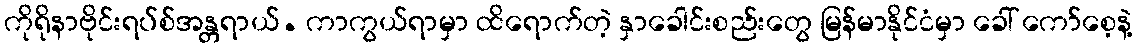
ကိုရိုနာဗိုင်းရပ်စ်အန္တရာယ်. ကာကွယ်ရာမှာ ထိရောက်တဲ့ နှာခေါင်းစည်းတွေ မြန်မာနိုင်ငံမှာ ခေါ် ကော်စေ့နဲ့